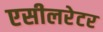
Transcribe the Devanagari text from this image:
एसीलरेटर